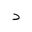
Letter: _dal